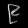
Digit: ၉